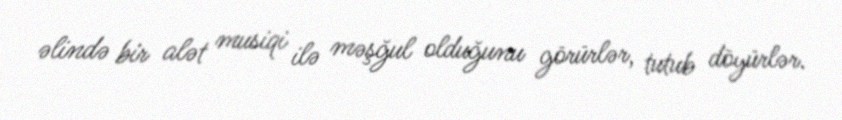
əlində bir alət musiqi ilə məşğul olduğunu görürlər, tutub döyürlər.